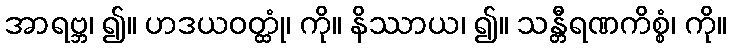
အာရဗ္ဘ၊ ၍။ ဟဒယဝတ္ထုံ၊ ကို။ နိဿာယ၊ ၍။ သန္တီရဏကိစ္စံ၊ ကို။